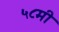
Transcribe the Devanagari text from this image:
५८मी